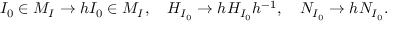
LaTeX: I _ { 0 } \in { \cal { M } } _ { I } \to h I _ { 0 } \in { \cal { M } } _ { I } , \ \ \ H _ { I _ { 0 } } \to h H _ { I _ { 0 } } h ^ { - 1 } , \ \ \ { \cal N } _ { I _ { 0 } } \to h { \cal N } _ { I _ { 0 } } .